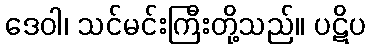
ဒေဝါ၊ သင်မင်းကြီးတို့သည်။ ပဋိပ